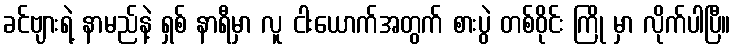
ခင်ဗျားရဲ့ နာမည်နဲ့ ရှစ် နာရီမှာ လူ ငါးယောက်အတွက် စားပွဲ တစ်ဝိုင်း ကြို မှာ လိုက်ပါပြီ။